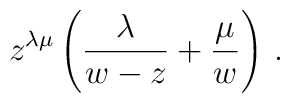
z^{\lambda\mu}\left({\lambda\over w-z}+{\mu\over w}\right)\,.